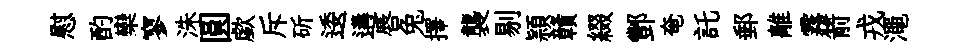
慰酌欒寥洙圓歔斥斫逶遘唇兔擇襲剔頴贛綴酆奄託郵離霧箭戎澠